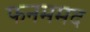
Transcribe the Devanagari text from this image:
फनममद